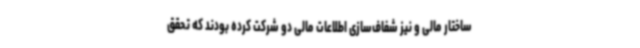
ساختار مالی و نیز شفاف‌سازی اطلاعات مالی دو شرکت کرده بودند که تحقق